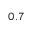
_ { 0 . 7 }